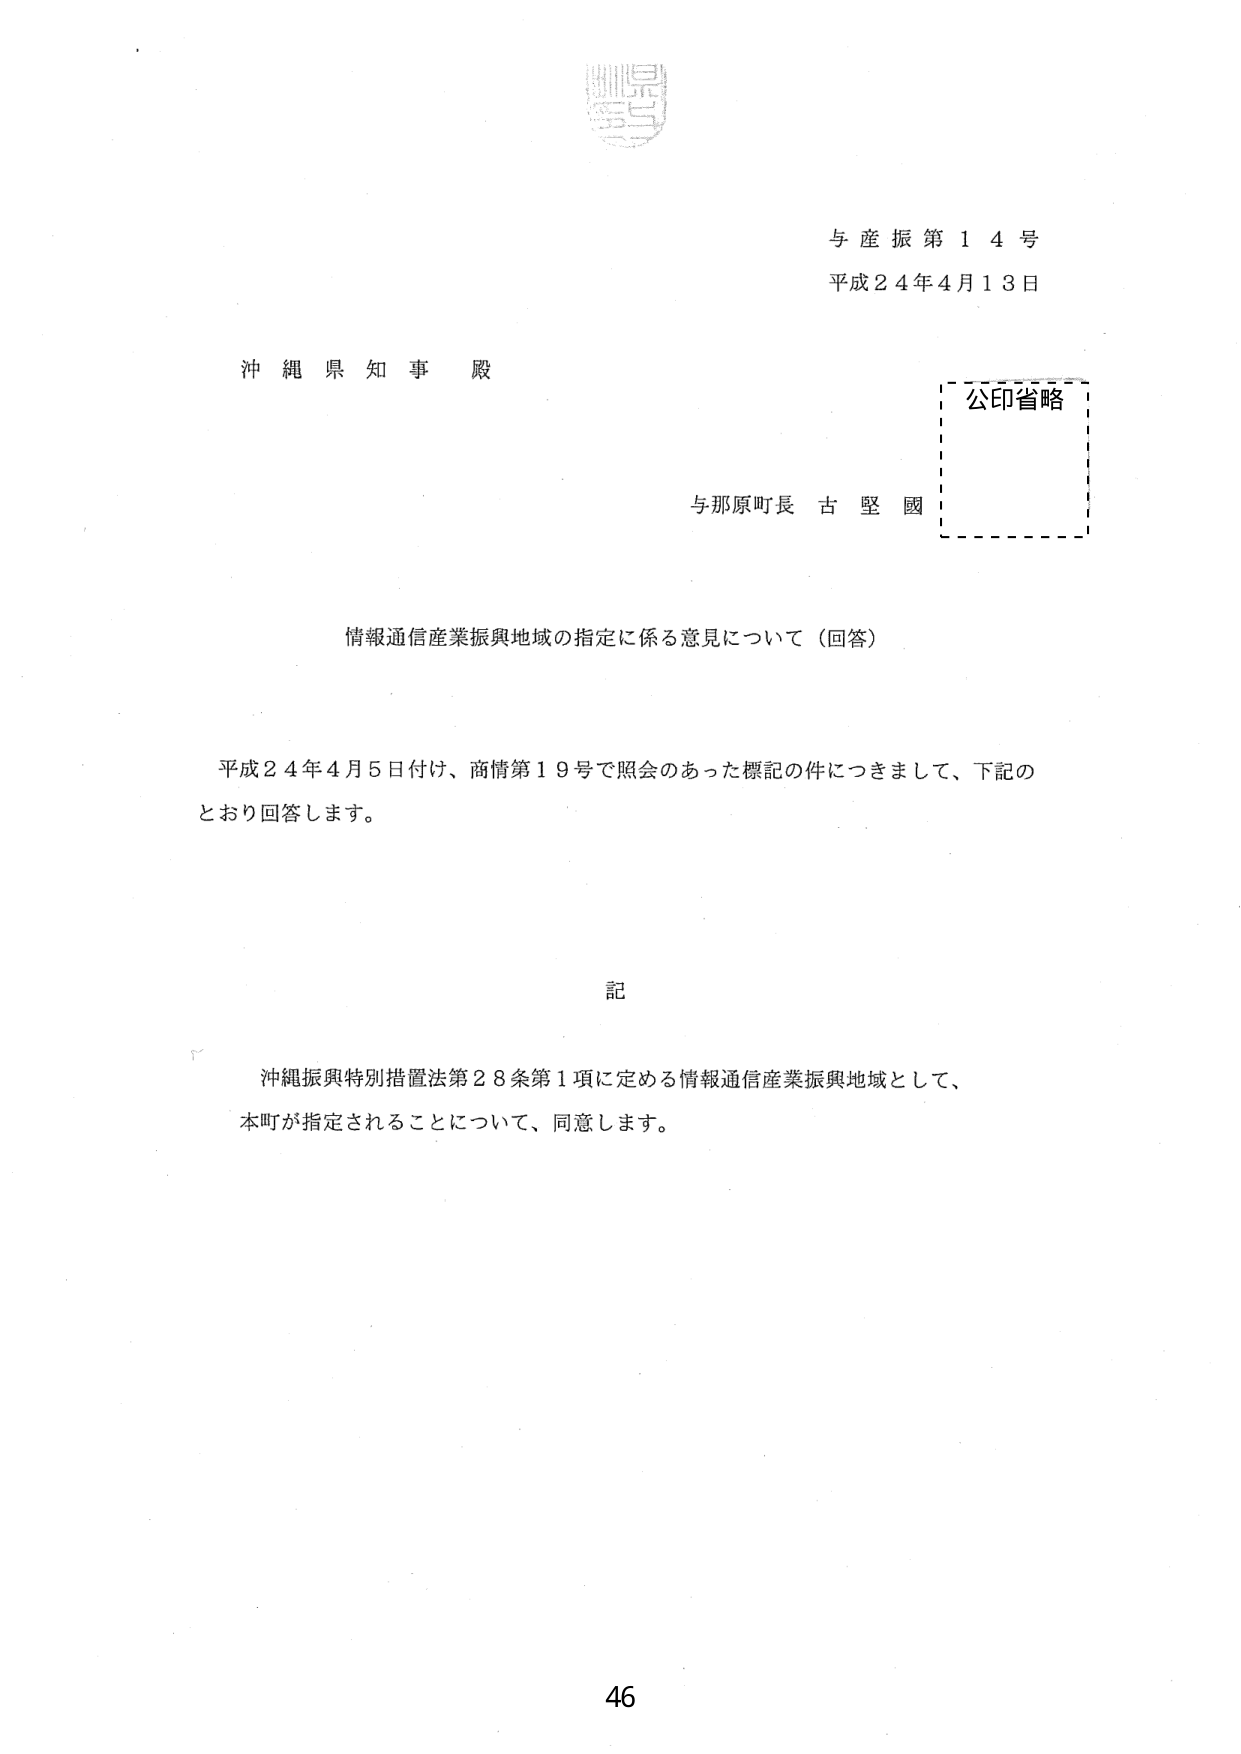
与産振第１４号
平成２４年４月１３日

沖縄県知事 殿

公印省略

与那原町長 古堅國

情報通信産業振興地域の指定に係る意見について（回答）

平成２４年４月５日付け、商情第１９号で照会のあった標記の件につきまして、下記の
とおり回答します。

記

沖縄振興特別措置法第２８条第１項に定める情報通信産業振興地域として、
本町が指定されることについて、同意します。

46